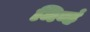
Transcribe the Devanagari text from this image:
मिव्हं